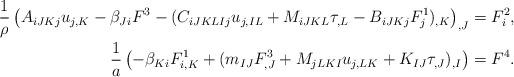
LaTeX: \begin{align*}\frac{1}{\rho} \left( A_{iJKj} u_{j,K} - \beta_{Ji} F^3 -(C_{iJKLIj} u_{j,IL} + M_{iJKL} \tau_{,L} - B_{iJKj}F^1_{j} )_{,K}\right)_{,J} &= F^2_i,\\ \frac{1}{a} \left( -\beta_{Ki}F^1_{i,K} + (m_{IJ}F^3_{,J} + M_{jLKI} u_{j,LK} +K_{IJ}\tau_{,J})_{,I} \right) &= F^4.\end{align*}